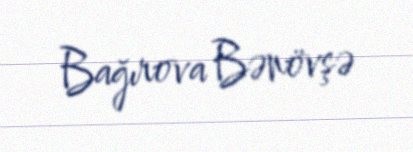
Bağırova Bənövşə